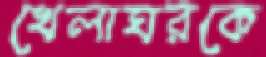
খেলাঘরকে